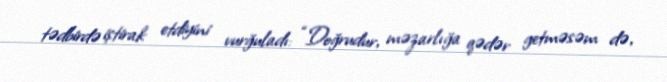
tədbirdə iştirak etdiyini vurğuladı: “Doğrudur, məzarlığa qədər getməsəm də,